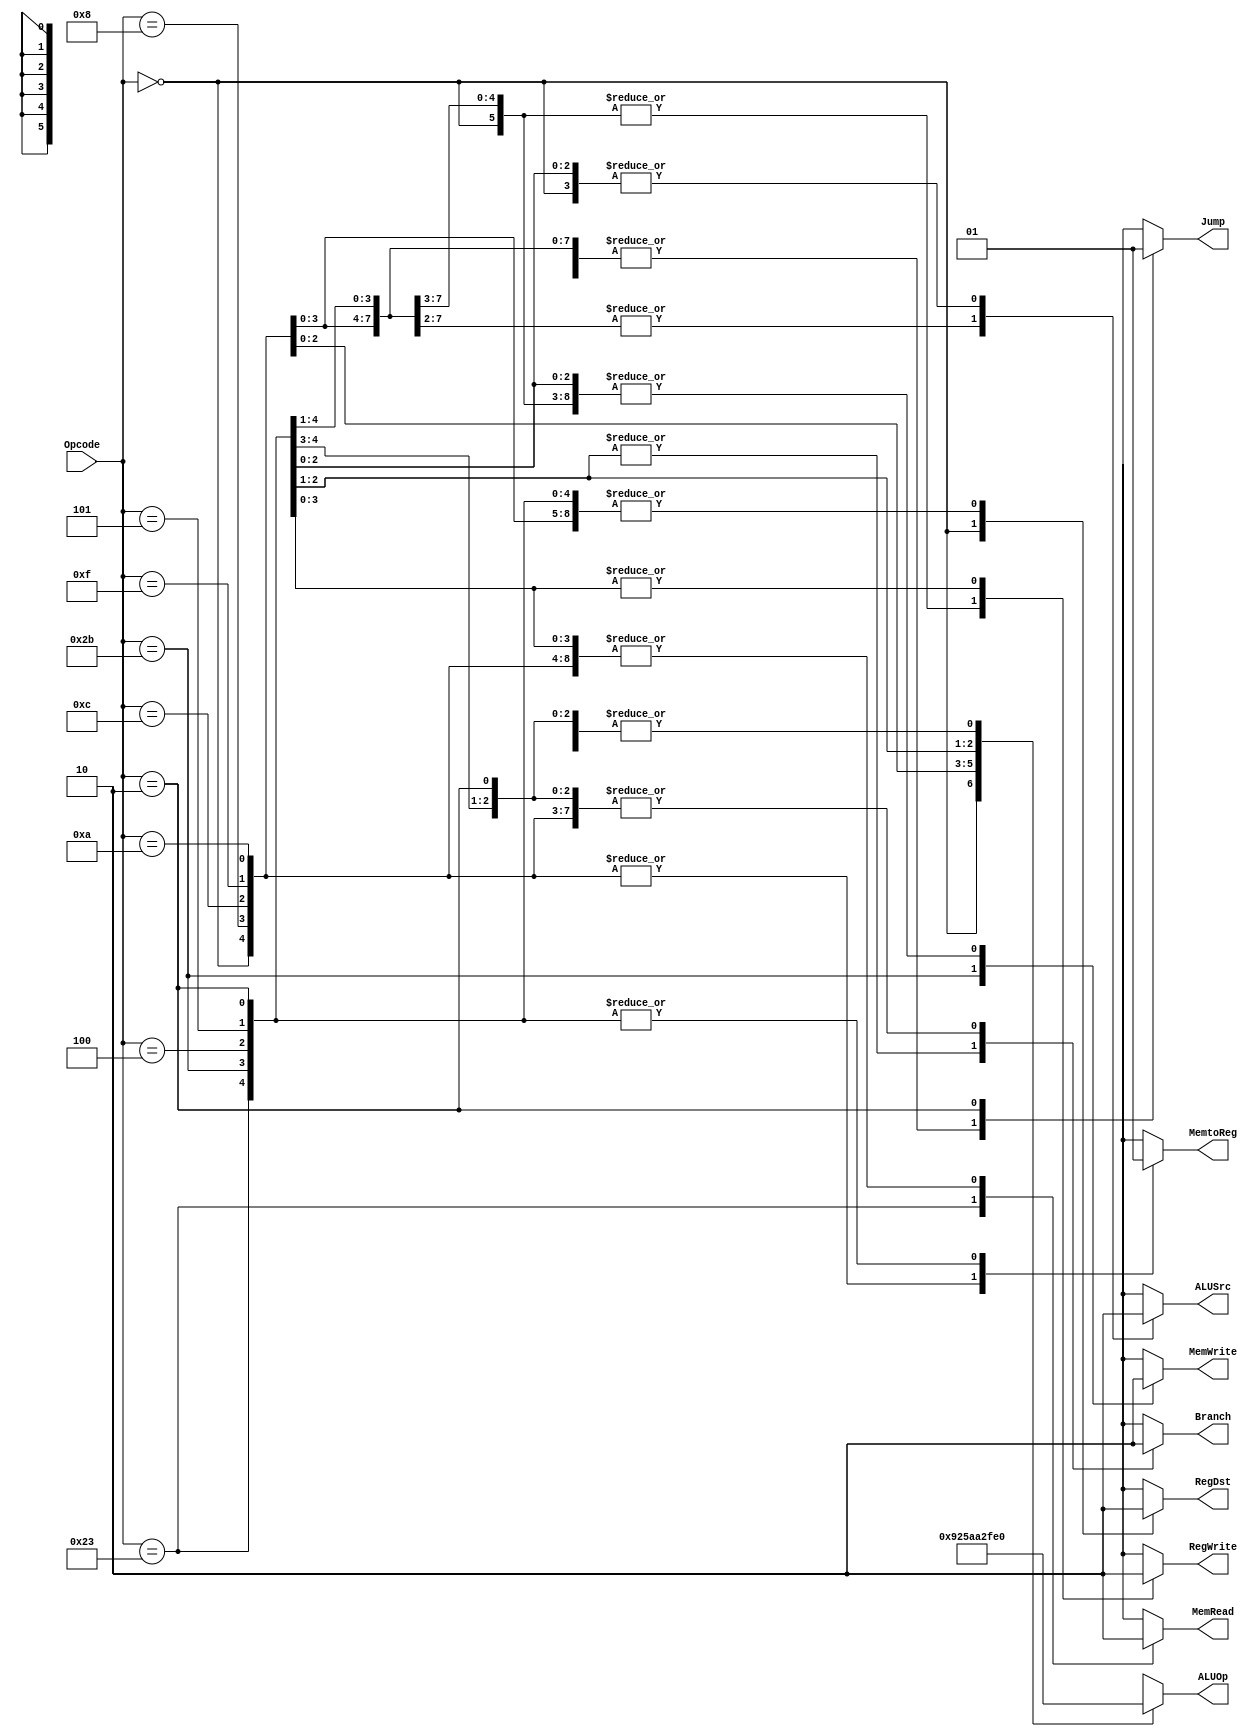
module Control
(
	input wire [5:0]Opcode,
	output reg RegDst,
	output reg Jump,
	output reg Branch,
	output reg MemRead,
	output reg MemtoReg,
	output reg [5:0]ALUOp,
	output reg MemWrite,
	output reg ALUSrc,
	output reg RegWrite
);

	always @(*)
		begin
			case (Opcode)
				6'b000000: // R-Type Instructions
					begin
						RegDst   <= 1'b1;
						Jump     <= 1'b0;
						Branch   <= 1'b0;
						MemRead  <= 1'b0;
						MemtoReg <= 1'b0;
						ALUOp    <= 6'b000000;
						MemWrite <= 1'b0;
						ALUSrc   <= 1'b0;
						RegWrite <= 1'b1;
					end
				6'b001000: // ADDI
					begin
						RegDst   <= 1'b0;
						Jump     <= 1'b0;
						Branch   <= 1'b0;
						MemRead  <= 1'b0;
						MemtoReg <= 1'b0;
						ALUOp    <= 6'b100000;
						MemWrite <= 1'b0;
						ALUSrc   <= 1'b1;
						RegWrite <= 1'b1;
					end
				6'b001100: // ANDI
					begin
						RegDst   <= 1'b0;
						Jump     <= 1'b0;
						Branch   <= 1'b0;
						MemRead  <= 1'b0;
						MemtoReg <= 1'b0;
						ALUOp    <= 6'b100100;
						MemWrite <= 1'b0;
						ALUSrc   <= 1'b1;
						RegWrite <= 1'b1;
					end
				6'b001111: // ORI
					begin
						RegDst   <= 1'b0;
						Jump     <= 1'b0;
						Branch   <= 1'b0;
						MemRead  <= 1'b0;
						MemtoReg <= 1'b0;
						ALUOp    <= 6'b100101;
						MemWrite <= 1'b0;
						ALUSrc   <= 1'b1;
						RegWrite <= 1'b1;
					end
				6'b001010: // SLTI
					begin
						RegDst   <= 1'b0;
						Jump     <= 1'b0;
						Branch   <= 1'b0;
						MemRead  <= 1'b0;
						MemtoReg <= 1'b0;
						ALUOp    <= 6'b101010;
						MemWrite <= 1'b0;
						ALUSrc   <= 1'b1;
						RegWrite <= 1'b1;
					end
				6'b100011: // LW
					begin
						RegDst   <= 1'b0;
						Jump     <= 1'b0;
						Branch   <= 1'b0;
						MemRead  <= 1'b1;
						MemtoReg <= 1'b1;
						ALUOp    <= 6'b100000;
						MemWrite <= 1'b0;
						ALUSrc   <= 1'b1;
						RegWrite <= 1'b1;
					end
				6'b101011: // SW
					begin
						RegDst   <= 1'b0;
						Jump     <= 1'b0;
						Branch   <= 1'b0;
						MemRead  <= 1'b0;
						MemtoReg <= 1'b1;
						ALUOp    <= 6'b100000;
						MemWrite <= 1'b1;
						ALUSrc   <= 1'b1;
						RegWrite <= 1'b0;
					end
				6'b000100: // BEQ
					begin
						RegDst   <= 1'b0;
						Jump     <= 1'b0;
						Branch   <= 1'b1;
						MemRead  <= 1'b0;
						MemtoReg <= 1'b1;
						ALUOp    <= 6'b100010;
						MemWrite <= 1'b0;
						ALUSrc   <= 1'b0;
						RegWrite <= 1'b0;
					end
				6'b000101: // BNE
					begin
						RegDst   <= 1'b0;
						Jump     <= 1'b0;
						Branch   <= 1'b1;
						MemRead  <= 1'b0;
						MemtoReg <= 1'b1;
						ALUOp    <= 6'b111111;
						MemWrite <= 1'b0;
						ALUSrc   <= 1'b0;
						RegWrite <= 1'b0;
					end
				6'b000010: // J
					begin
						RegDst   <= 1'b0;
						Jump     <= 1'b1;
						Branch   <= 1'b0;
						MemRead  <= 1'b0;
						MemtoReg <= 1'b1;
						ALUOp    <= 6'b100000;
						MemWrite <= 1'b0;
						ALUSrc   <= 1'b0;
						RegWrite <= 1'b0;
					end
				default: // Undefined
					begin
						RegDst   <= 1'bx;
						Jump     <= 1'bx;
						Branch   <= 1'bx;
						MemRead  <= 1'bx;
						MemtoReg <= 1'bx;
						ALUOp    <= 6'bxxxxxx;
						MemWrite <= 1'bx;
						ALUSrc   <= 1'bx;
						RegWrite <= 1'bx;
					end
			endcase
		end

endmodule